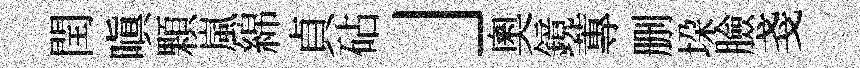
閏嗔顆嵐綿貞砧」奧鏡蓴删垜臉戔